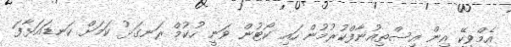
އެމްވީކޭ އިން އިސްތިއުނާފްކުރުމުން ހައި ކޯޓުން ވަނީ ހުކުމް ރަނގަޅު ކަމަށް ކަނޑައަޅާފަ